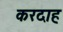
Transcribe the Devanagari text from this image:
करदाह